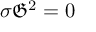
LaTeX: \sigma { \mathfrak { G } } ^ { 2 } = 0